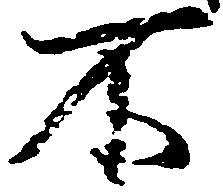
不